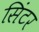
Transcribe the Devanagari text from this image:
सिंटर